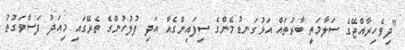
"ދިވެހިރާއްޖޭގެ ސަލާމަތީ ބާރުތައް އަޅުގަނޑުމެންގެ ސިފައިންގެއާ އަދި ފުލުހުންގެ ތެރޭގައި މިއަދު ފަސްވަގުތު